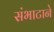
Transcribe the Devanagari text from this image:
संभाटाने